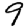
Digit: 9